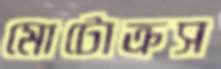
মোটোক্রস